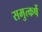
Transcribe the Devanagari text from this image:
समुत्कर्षे